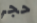
حجر